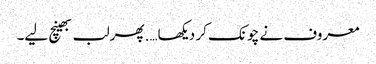
معروف نے چونک کر دیکھا….پھر لب بھینچ لیے۔